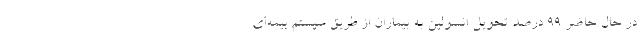
در حال حاضر ۹۹ درصد تحویل انسولین به بیماران از طریق سیستم بیمه‌ای